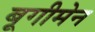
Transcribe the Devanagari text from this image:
बूगीमेन